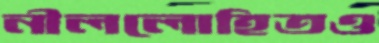
নীললোহিতও